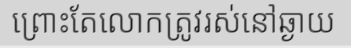
ព្រោះតែលោកត្រូវរស់នៅឆ្ងាយ